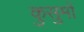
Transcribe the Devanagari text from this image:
कुसुमों